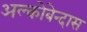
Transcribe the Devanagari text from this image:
अल्कोबेन्दास